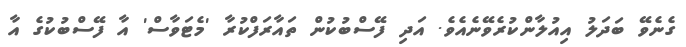
ގެނެވޭ ބަދަލު އިއުލާންކުރެވޭނެއެވެ. އަދި ފޭސްބުކުން ތައާރަފްކުރާ 'މެޓަވާސް' އާ ފޭސްބުކުގެ އާ